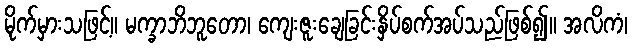
မိုက်မှားသဖြင့်။ မက္ခာဘိဘူတော၊ ကျေးဇူးချေခြင်းနှိပ်စက်အပ်သည်ဖြစ်၍။ အလိကံ၊